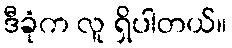
ဒီခုံက လူ ရှိပါတယ်။